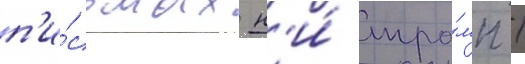
п'и́сьмах н'и́ тра́мп /